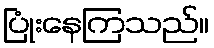
ပြုံးနေကြသည်။